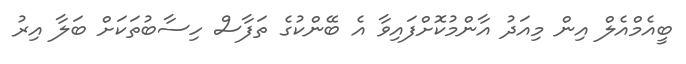
ބީއެމްއެލް އިން މިއަދު އާންމުކޮށްފައިވާ އެ ބޭންކުގެ ތަފާސް ހިސާބުތަކަށް ބަލާ އިރު